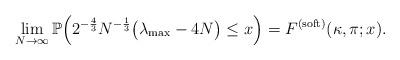
LaTeX: \begin{align*} \lim_{N \to \infty}\mathbb{P}\Big(2^{-\frac{4}{3}}N^{-\frac{1}{3}}\big(\lambda_{\mathrm{max}}-4N\big) \leq x\Big)= F^{(\mathrm{soft})}(\kappa,\pi;x). \end{align*}